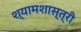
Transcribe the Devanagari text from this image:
श्यामशास्त्री